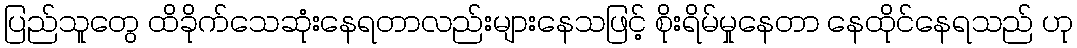
ပြည်သူတွေ ထိခိုက်သေဆုံးနေရတာလည်းများနေသဖြင့် စိုးရိမ်မှုနေတာ နေထိုင်နေရသည် ဟု